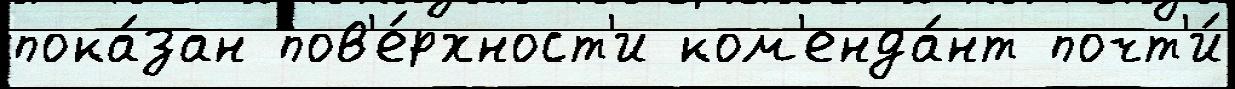
пока́зан пов'е́рхност'и ком'енда́нт почт'и́